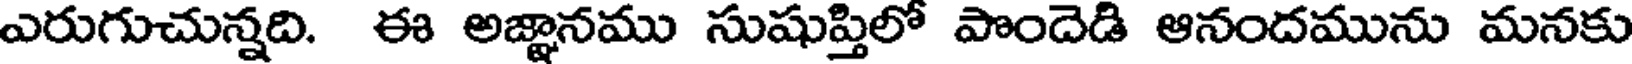
ఎరుగుచున్నది. ఈ అజ్ఞానము సుషుప్తిలో పొందెడి ఆనందమును మనకు